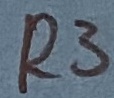
Text: R3